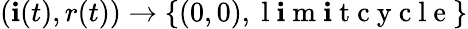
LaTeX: (\mathbf{i}(t),r(t))\to\{ (0,0),\mathrm{{~l~\mathbf{i}~m~\mathbf{i}~t~c~y~c~l~e~}}\}